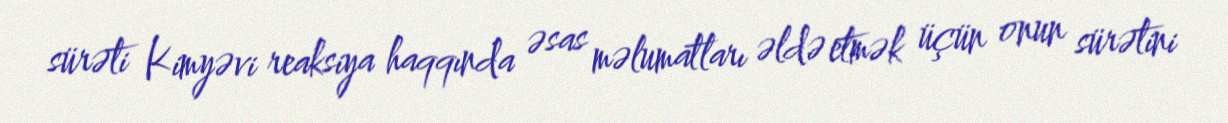
sürəti Kimyəvi reaksiya haqqında əsas məlumatları əldə etmək üçün onun sürətini